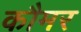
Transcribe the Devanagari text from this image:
कौमर